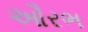
ઔરભ